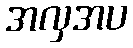
အလှအပ